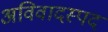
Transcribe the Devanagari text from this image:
अविवादस्पद